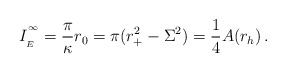
\begin{align*}I_{\phantom{}_{E}}^{\phantom{}^\infty} = \frac{\pi}{\kappa}r_0 =\pi(r_+^2 -\Sigma^2) =\frac{1}{4} A(r_h) \, .\end{align*}